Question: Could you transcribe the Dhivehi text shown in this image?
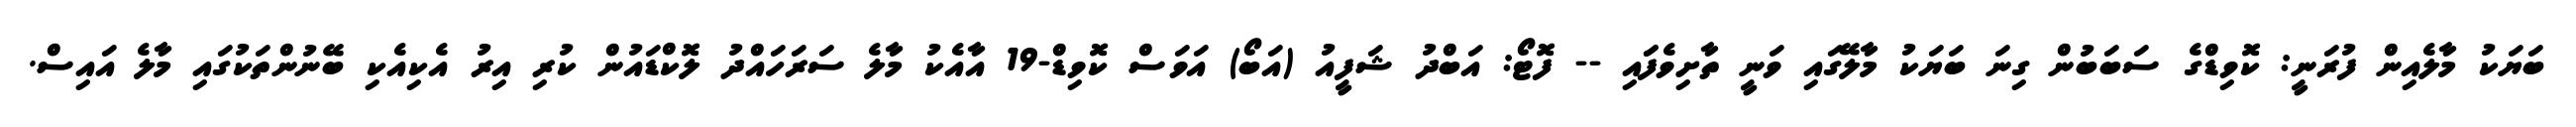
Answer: ބަޔަކު މާލެއިން ފުރަނީ: ކޮވިޑްގެ ސަބަބުން ގިނަ ބަޔަކު މާލޭގައި ވަނީ ތާށިވެފަައި -- ފޮޓޯ: އަބްދު ޝަފީއު (އަބޯ) އަވަސް ކޮވިޑް-19 އާއެކު މާލެ ސަރަހައްދު ލޮކްޑައުން ކުރި އިރު އެކިއެކި ބޭނުންތަކުގައި މާލެ އައިސް.